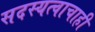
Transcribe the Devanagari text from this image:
सदस्यत्वाचाही